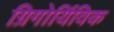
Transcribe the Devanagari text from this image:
ग्रिगोर्यिविक